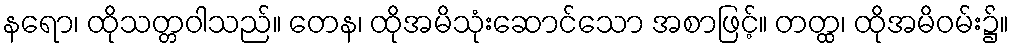
နရော၊ ထိုသတ္တဝါသည်။ တေန၊ ထိုအမိသုံးဆောင်သော အစာဖြင့်။ တတ္ထ၊ ထိုအမိဝမ်း၌။